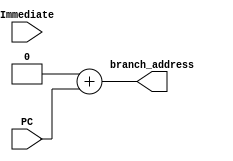
`timescale 1ns / 1ps
//////////////////////////////////////////////////////////////////////////////////
// Company: EECS 581 Team 11
// 
// Design Name: 
// Module Name: branch_addr
// Project Name: 
// Target Devices: 
// Tool Versions: 
// Description: Shifts the immediate value left by 1, then adds it with the 
//  program counter to get the branch address.
// 
// Dependencies: 
// 
// Revision:
// Revision 0.01 - File Created
// Additional Comments:
// 
//////////////////////////////////////////////////////////////////////////////////


module branch_addr(
    input [31:0] PC,
    input [31:0] Immediate,
    output [31:0] branch_address
    );
    reg[31:0] result;
    reg[31:0] imd_shft; // Holds the left-shifted (by 1) value of Immediate.
    assign imd_shift = Immediate << 1; 
    assign branch_address = result;
    always @(*)
    begin
        result = imd_shift + PC;
    end
endmodule